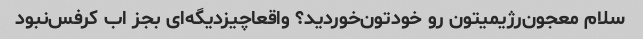
سلام‌ معجون‌رژیمیتون رو خودتون‌خوردید؟ واقعا‌چیز‌دیگه‌ای بجز اب کرفس‌نبود